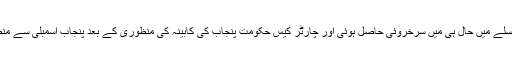
الحمد للہ اس سلسلے میں حال ہی میں سرخروئی حاصل ہوئی اور چارٹر کیس حکومت پنجاب کی کابینہ کی منظوری کے بعد پنجاب اسمبلی سے منظور ہوگیا ہے۔